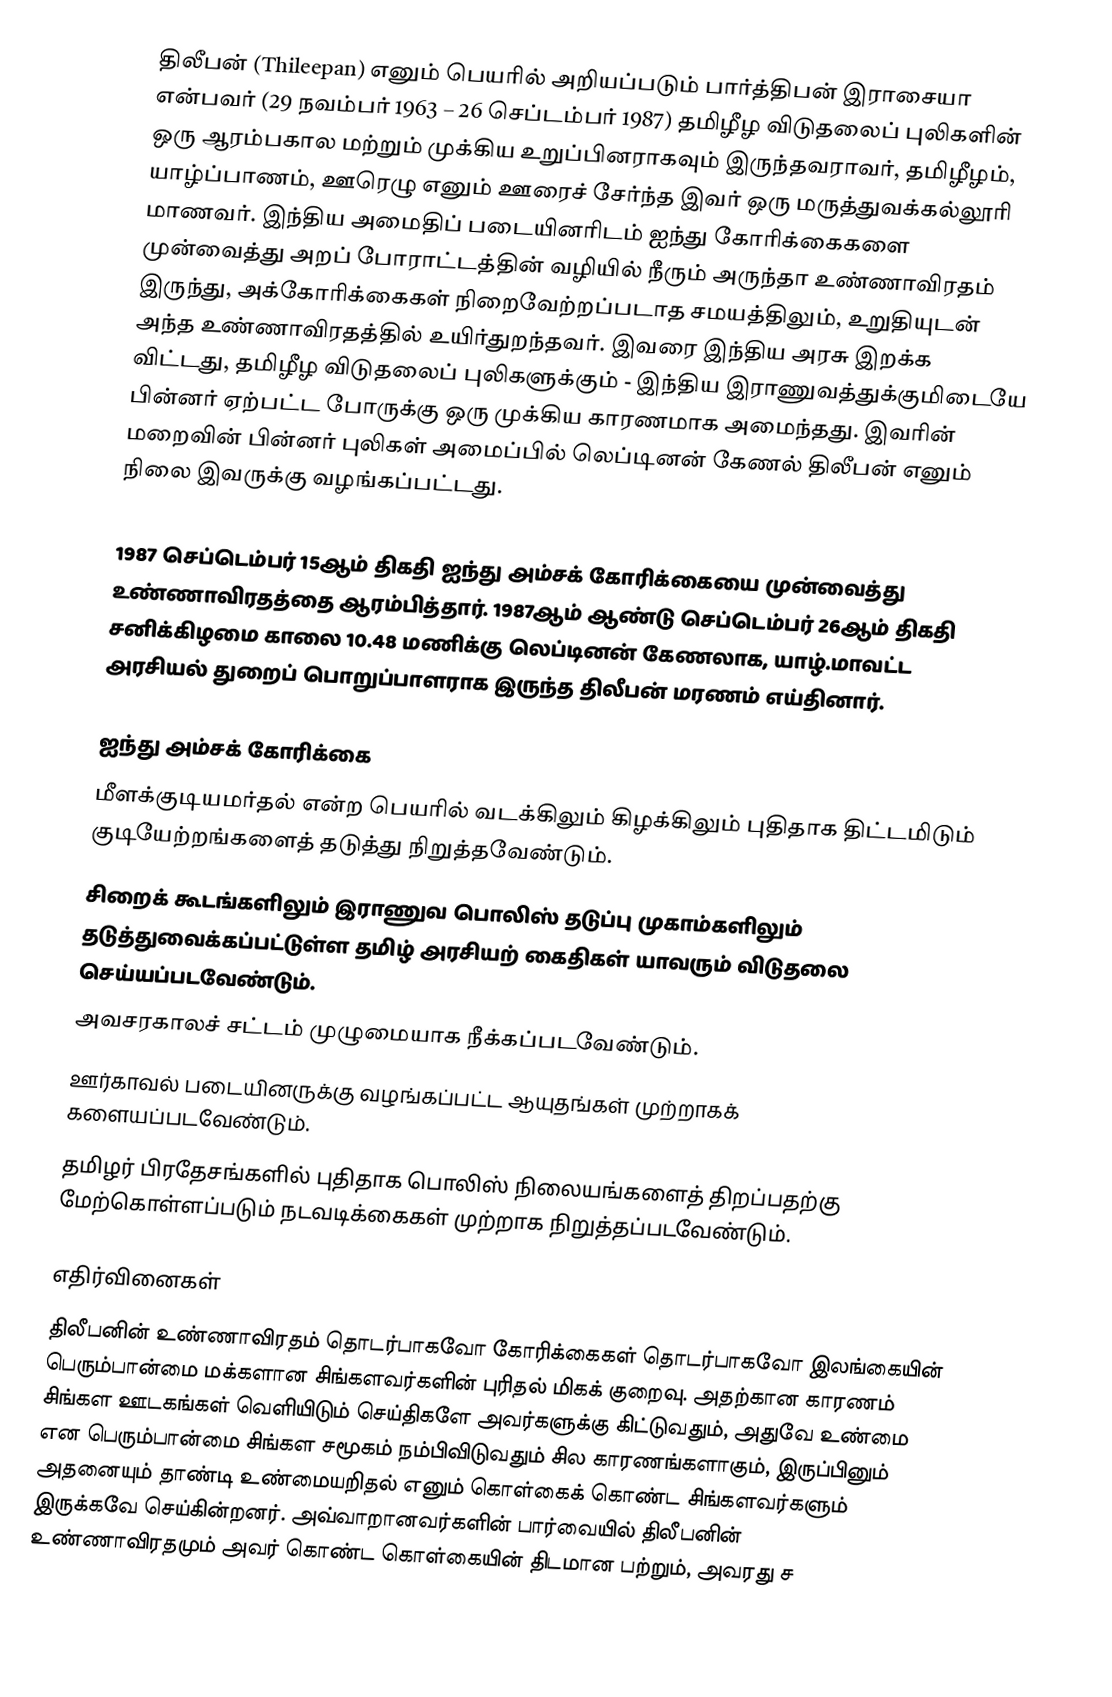
திலீபன் (Thileepan) எனும் பெயரில் அறியப்படும் பார்த்திபன் இராசையா என்பவர் (29 நவம்பர் 1963 – 26 செப்டம்பர் 1987) தமிழீழ விடுதலைப் புலிகளின் ஒரு ஆரம்பகால மற்றும் முக்கிய உறுப்பினராகவும் இருந்தவராவர், தமிழீழம், யாழ்ப்பாணம், ஊரெழு எனும் ஊரைச் சேர்ந்த இவர் ஒரு மருத்துவக்கல்லூரி மாணவர். இந்திய அமைதிப் படையினரிடம் ஐந்து கோரிக்கைகளை முன்வைத்து அறப் போராட்டத்தின் வழியில் நீரும் அருந்தா உண்ணாவிரதம் இருந்து, அக்கோரிக்கைகள் நிறைவேற்றப்படாத சமயத்திலும், உறுதியுடன் அந்த உண்ணாவிரதத்தில் உயிர்துறந்தவர். இவரை இந்திய அரசு இறக்க விட்டது, தமிழீழ விடுதலைப் புலிகளுக்கும் - இந்திய இராணுவத்துக்குமிடையே பின்னர் ஏற்பட்ட போருக்கு ஒரு முக்கிய காரணமாக அமைந்தது. இவரின் மறைவின் பின்னர் புலிகள் அமைப்பில் லெப்டினன் கேணல் திலீபன் எனும் நிலை இவருக்கு வழங்கப்பட்டது.

1987 செப்டெம்பர் 15ஆம் திகதி ஐந்து அம்சக் கோரிக்கையை முன்வைத்து உண்ணாவிரதத்தை ஆரம்பித்தார். 1987ஆம் ஆண்டு செப்டெம்பர் 26ஆம் திகதி சனிக்கிழமை காலை 10.48 மணிக்கு லெப்டினன் கேணலாக, யாழ்.மாவட்ட அரசியல் துறைப் பொறுப்பாளராக இருந்த திலீபன் மரணம் எய்தினார்.

ஐந்து அம்சக் கோரிக்கை
 மீளக்குடியமர்தல் என்ற பெயரில் வடக்கிலும் கிழக்கிலும் புதிதாக திட்டமிடும் குடியேற்றங்களைத் தடுத்து நிறுத்தவேண்டும்.
 சிறைக் கூடங்களிலும் இராணுவ பொலிஸ் தடுப்பு முகாம்களிலும் தடுத்துவைக்கப்பட்டுள்ள தமிழ் அரசியற் கைதிகள் யாவரும் விடுதலை செய்யப்படவேண்டும்.
 அவசரகாலச் சட்டம் முழுமையாக நீக்கப்படவேண்டும்.
 ஊர்காவல் படையினருக்கு வழங்கப்பட்ட ஆயுதங்கள் முற்றாகக் களையப்படவேண்டும்.
 தமிழர் பிரதேசங்களில் புதிதாக பொலிஸ் நிலையங்களைத் திறப்பதற்கு மேற்கொள்ளப்படும் நடவடிக்கைகள் முற்றாக நிறுத்தப்படவேண்டும்.

எதிர்வினைகள்
திலீபனின் உண்ணாவிரதம் தொடர்பாகவோ கோரிக்கைகள் தொடர்பாகவோ இலங்கையின் பெரும்பான்மை மக்களான சிங்களவர்களின் புரிதல் மிகக் குறைவு. அதற்கான காரணம் சிங்கள ஊடகங்கள் வெளியிடும் செய்திகளே அவர்களுக்கு கிட்டுவதும், அதுவே உண்மை என பெரும்பான்மை சிங்கள சமூகம் நம்பிவிடுவதும் சில காரணங்களாகும், இருப்பினும் அதனையும் தாண்டி உண்மையறிதல் எனும் கொள்கைக் கொண்ட சிங்களவர்களும் இருக்கவே செய்கின்றனர். அவ்வாறானவர்களின் பார்வையில் திலீபனின் உண்ணாவிரதமும் அவர் கொண்ட கொள்கையின் திடமான பற்றும், அவரது ச